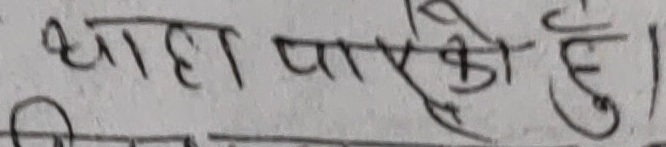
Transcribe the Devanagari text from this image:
थाहा पायेको हुं।